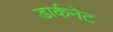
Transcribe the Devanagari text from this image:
डार्कनेट